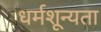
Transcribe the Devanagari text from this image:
धर्मशून्यता